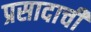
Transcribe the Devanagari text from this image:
प्रसादाची